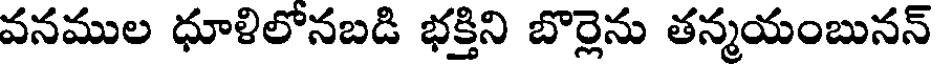
వనముల ధూళిలోనబడి భక్తిని బొర్లెను తన్మయంబునన్